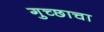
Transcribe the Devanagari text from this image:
गुच्छाचा